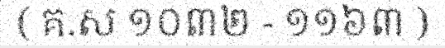
( គ.ស ១០៣២ - ១១៦៣ )